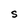
Character: S